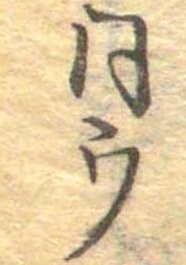
同ウ